Vaccination in the Punjab 1867-1880 - 1867-1880
Year: 1867
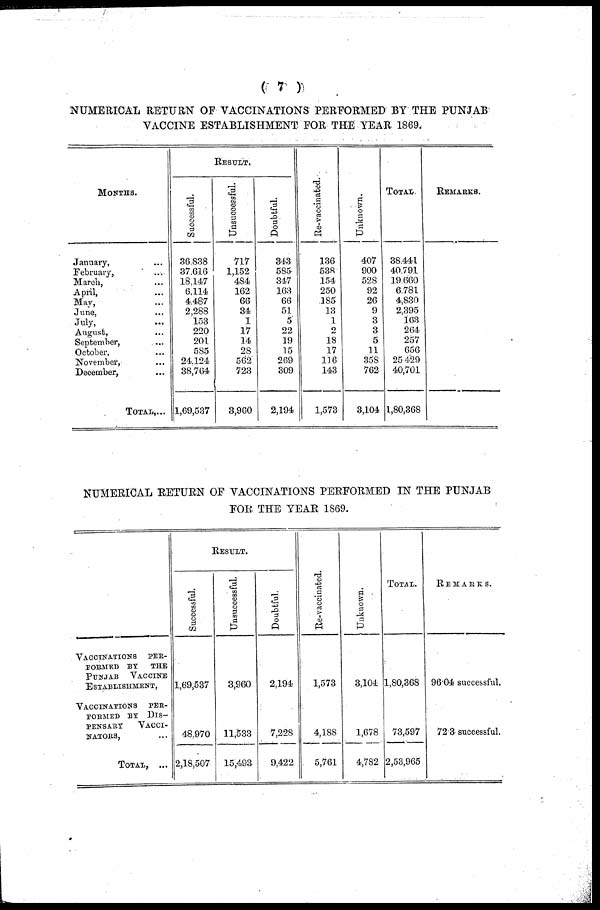
( 7 )
NUMERICAL RETURN OF VACCINATIONS PERFORMED BY THE PUNJAB
VACCINE ESTABLISHMENT FOR THE YEAR 1869.
MONTHS.
January, ...
February, ...
March, ...
April, ...
May, ...
June, ...
July, ...
August, ...
September, ...
October, ...
November, ...
December, ...
TOTAL,...
RESULT.
Successful.
36 838
37,616
18,147
6,114
4,487
2,288
153
220
201
585
24,124
38,764
1,69,537
Unsuccessful.
717
1,152
484
162
66
34
1
17
14
28
562
723
3,960
Doubtful.
343
585
347
163
66
51
5
22
19
15
269
309
2,194
Re-vaccinated.
136
538
154
250
185
13
1
2
18
17
116
143
1,573
Unknown.
407
900
528
92
26
9
3
3
5
11
358
762
3,104
TOTAL
38,441
40,791
19,660
6,781
4,830
2,395
163
264
257
656
25,429
40,701
1,80,368
REMAKER.
NUMERICAL RETURN OF VACCINATIONS PERFORMED IN THE PUNJAB
FOR THE YEAR 1869.
VACCINATIONS PER-
FORMED BY THE
PUNJAB VACCINE
ESTABLISHMENT,
VACCINATIONS PER-
------ BY DIS-
-------
VACCINATI-
------,
TOTAL, ...
RESULT.
Successful.
1,69,537
48,970
2,18,507
Unsuccessful.
3,960
11,533
15,493
Doubtful.
2,194
7,228
9,422
Re-vaccinated.
1,573
4,188
5,761
Unknown.
3,104
1,678
4,782
TOTAL.
1,80,368
73,597
2,53,965
REMAKER.
96.04 successful.
72.3 successful.